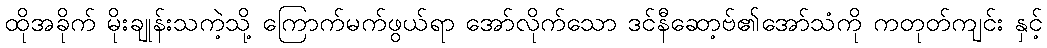
ထိုအခိုက် မိုးချုန်းသကဲ့သို့ ကြောက်မက်ဖွယ်ရာ အော်လိုက်သော ဒင်နီဆော့ဗ်၏အော်သံကို ကတုတ်ကျင်း နှင့်